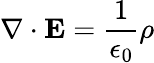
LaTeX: \nabla\cdot\mathbf{E}={\frac{1}{\epsilon_{0}}}\rho